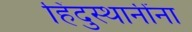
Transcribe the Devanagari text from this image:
हिंदुस्थानींना